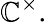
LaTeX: \mathbb{C}^{\times}.